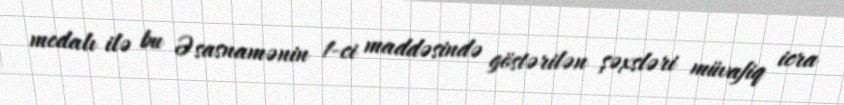
medalı ilə bu Əsasnamənin 1-ci maddəsində göstərilən şəxsləri müvafiq icra